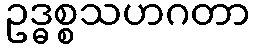
ဥဒ္ဓစ္စသဟဂတာ